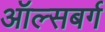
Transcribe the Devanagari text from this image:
ऑल्सबर्ग